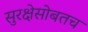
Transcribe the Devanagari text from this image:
सुरक्षेसोबतच